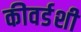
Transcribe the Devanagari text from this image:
कीवर्डशी